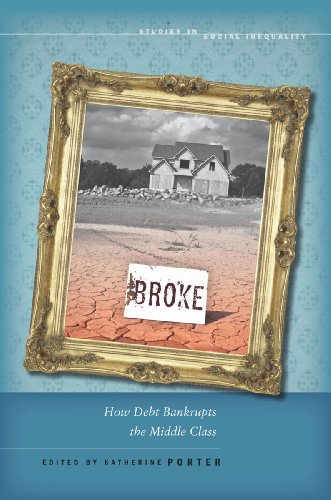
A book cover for Broke: How Debt Bankrupts the Middle Class (Studies in Social Inequality); Business & Money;